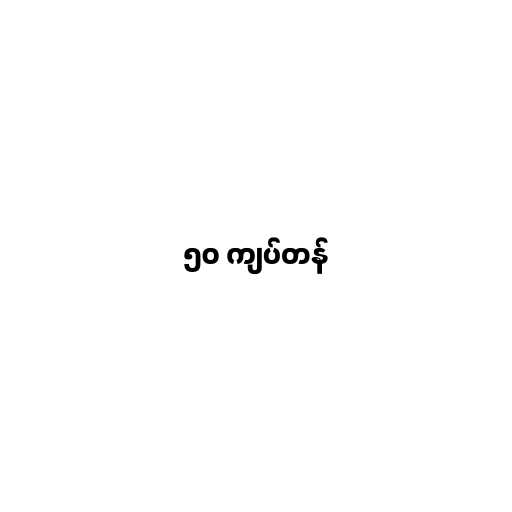
၅၀ ကျပ်တန်